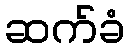
ဆက်ခံ